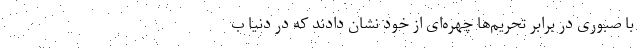
با صبوری در برابر تحریم‌ها چهره‌ای از خود نشان دادند که در دنیا ب